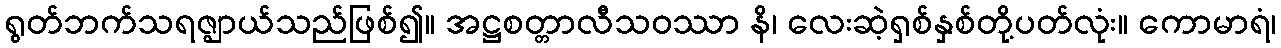
ရွတ်ဘက်သရဇ္ဈာယ်သည်ဖြစ်၍။ အဋ္ဌစတ္တာလီသဝဿာ နိ၊ လေးဆဲ့ရှစ်နှစ်တို့ပတ်လုံး။ ကောမာရံ၊